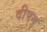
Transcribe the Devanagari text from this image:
दीपम्‌